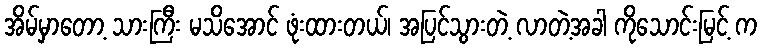
အိမ်မှာတော့ သားကြီး မသိအောင် ဖုံးထားတယ်၊ အပြင်သွားတဲ့ လာတဲ့အခါ ကိုသောင်းမြင့် က